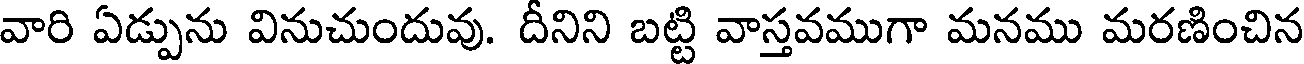
వారి ఏడ్పును వినుచుందువు. దీనిని బట్టి వాస్తవముగా మనము మరణించిన